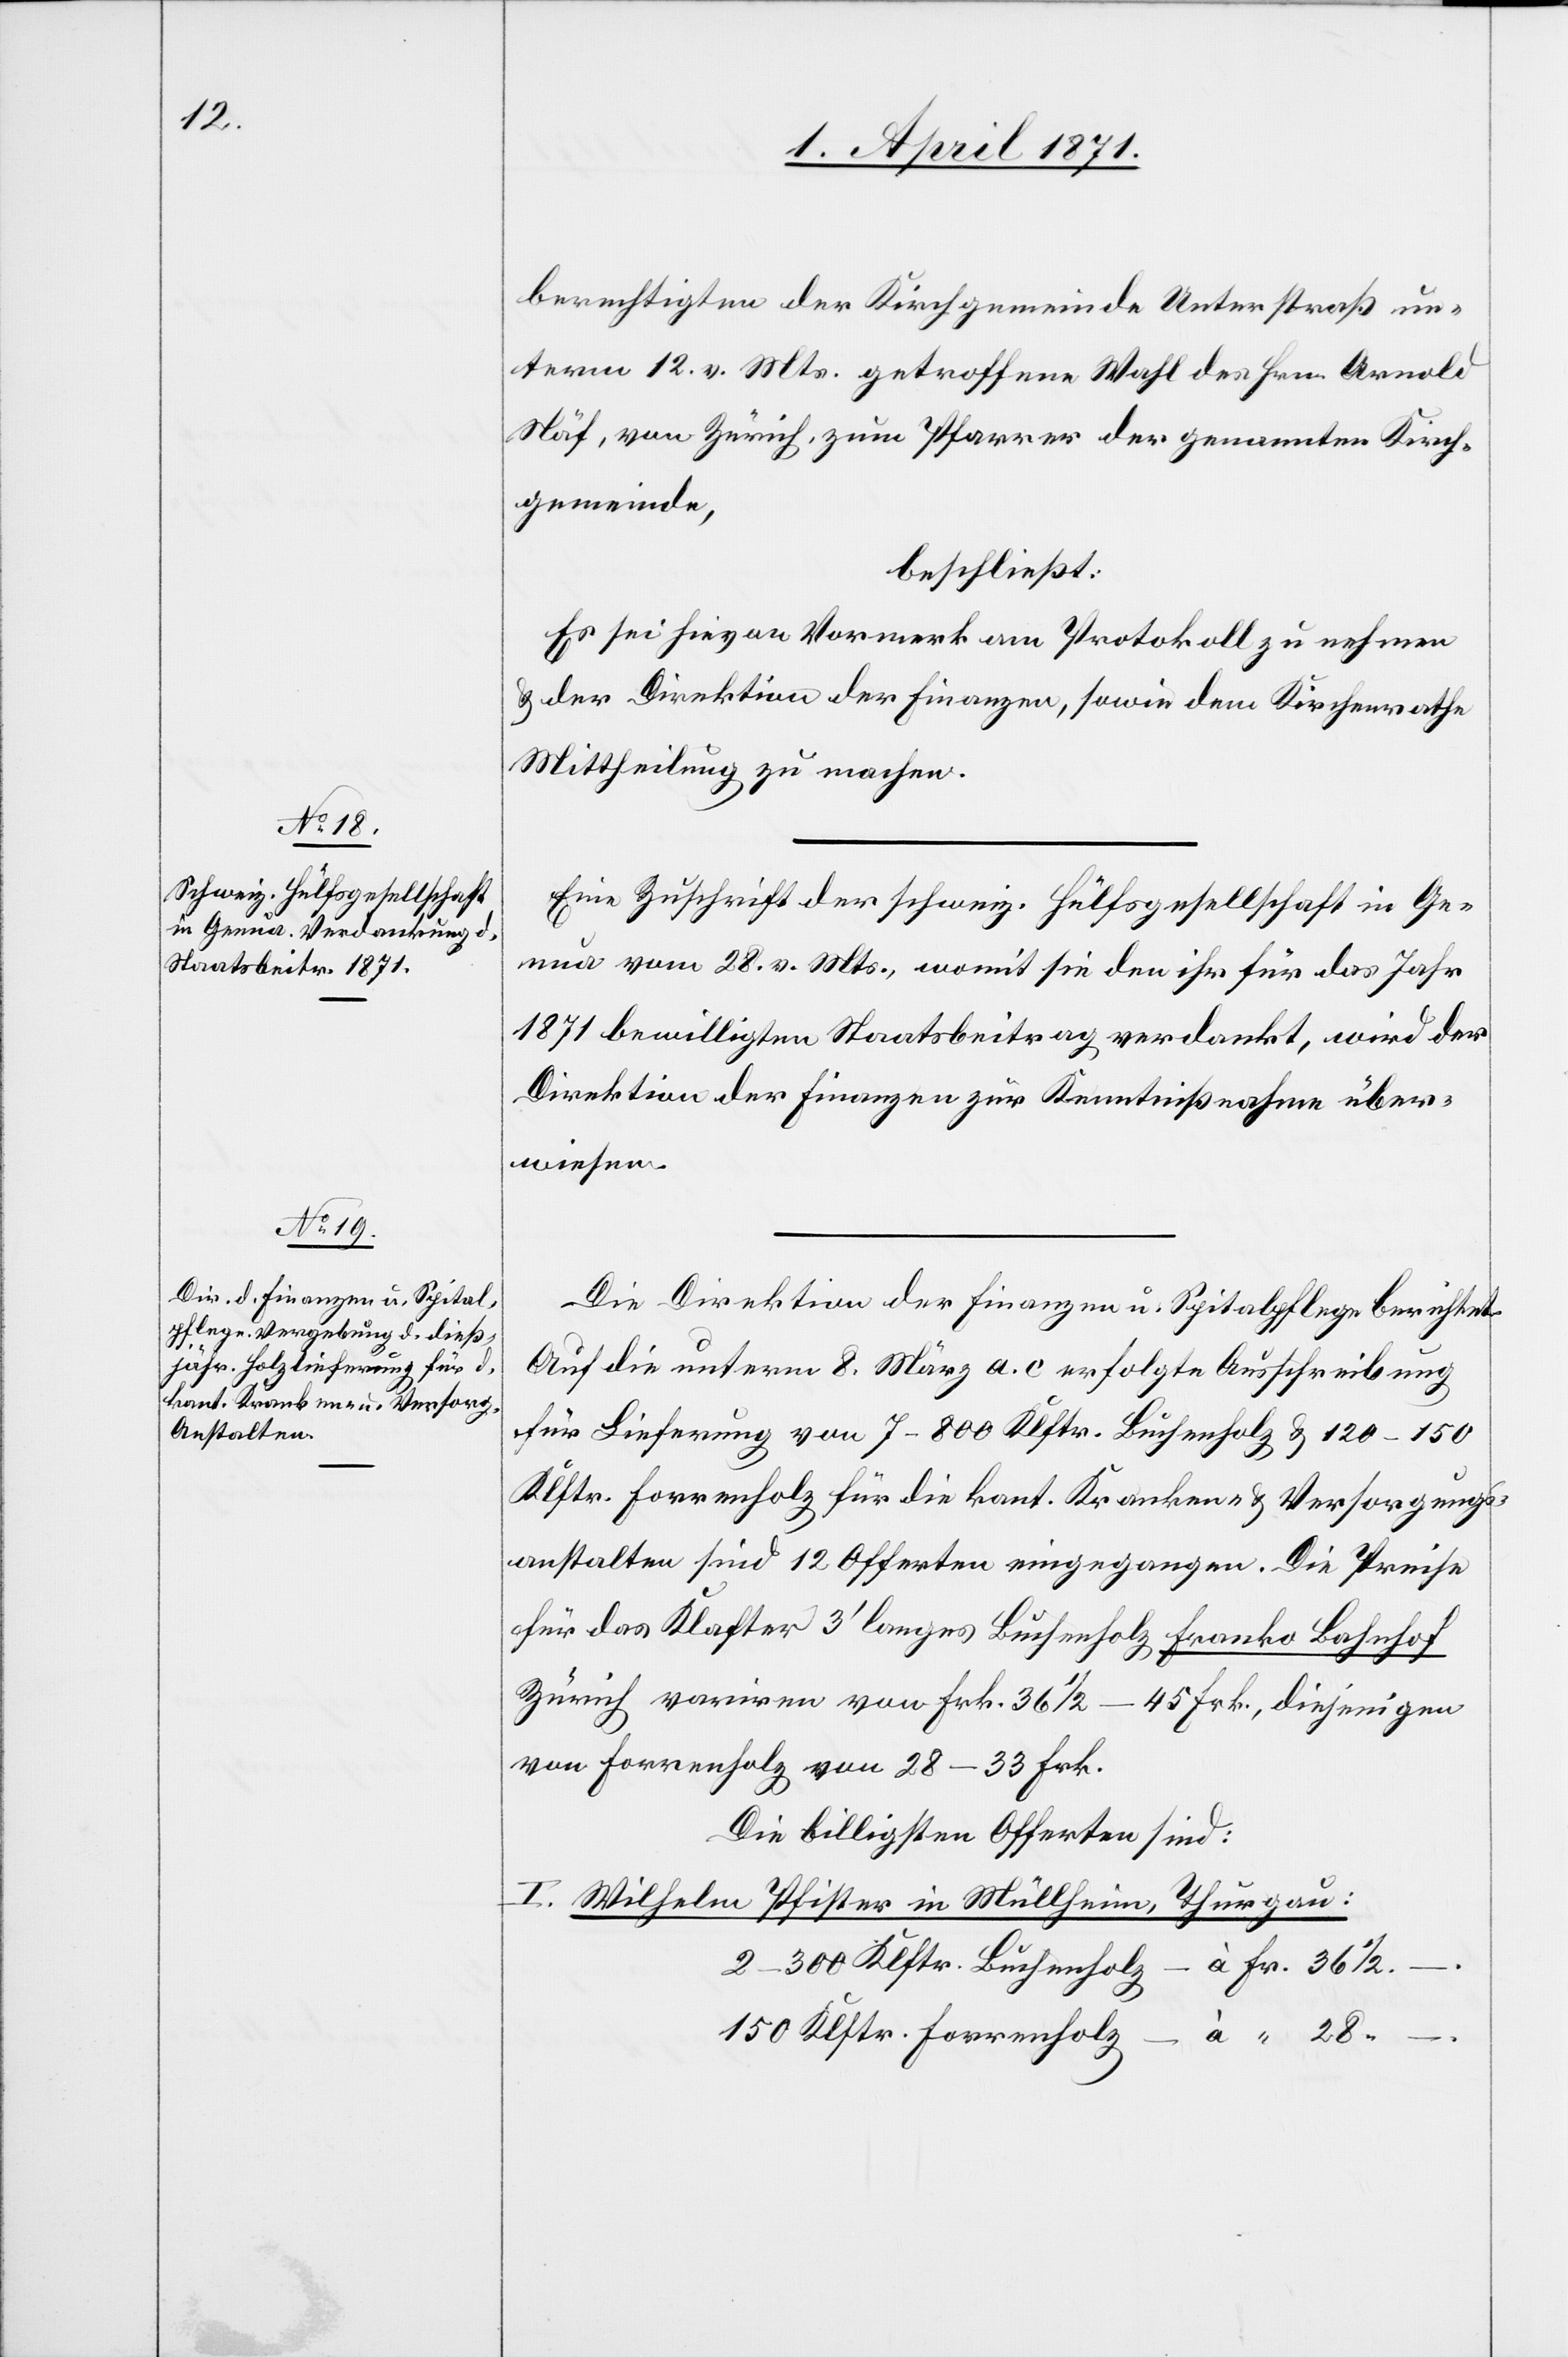
berechtigten der Kirchgemeinde Unterstraß un¬
term 12. v. Mts. getroffene Wahl des Hrn. Arnold
Näf, von Zürich, zum Pfarrer der genannten Kirch¬
gemeinde,
beschließt:
Es sei hievon Vormerk am Protokoll zu nehmen
u. der Direktion der Finanzen, sowie dem Kirchenrathe
Mittheilung zu machen.
Eine Zuschrift der schweiz. Hülfsgesellschaft in Ge¬
nua vom 28. v. Mts., womit sie den ihr für das Jahr
1871 bewilligten Staatsbeitrag verdankt, wird der
Direktion der Finanzen zur Kenntnißnahme über¬
wiesen.
Die Direktion der Finanzen u. Spitalpflege berichtet.
Auf die unterm 8. März a. c erfolgte Ausschreibung
für Lieferung von 7–800 Klftr. Buchenholz u. 120–150
Klftr. Forrenholz für die kant. Kranken- u. Versorgungs¬
anstalten sind 12 Offerten eingegangen. Die Preise
für das Klafter 3‘ langes Buchenholz franko Bahnhof
Zürich variren von Frk. 36 1/2–45 Frk., diejenigen
von Forrenholz von 28–33 Frk.
Die billigsten Offerten sind:
I. Wilhelm Pfister in Müllheim,
Thurgau:
2–300 Klftr. Buchenholz
150 Klftr. Forrenholz